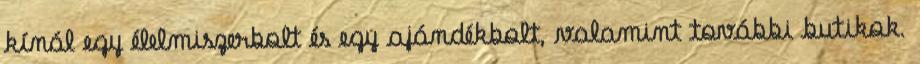
kínál egy élelmiszerbolt és egy ajándékbolt, valamint további butikok.